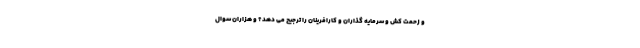
و زحمت کش و سرمایه گذاران و کارافرینان را ترجیح می دهد؟ و هزاران سوال